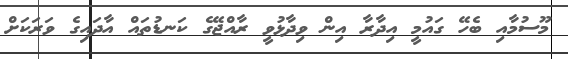
މޫސުމާއި ބެހޭ ގައުމީ އިދާރާ އިން ވިދާޅުވީ ރާއްޖޭގެ ކަނޑުތައް އާދައިގެ ވަރަކަށް